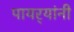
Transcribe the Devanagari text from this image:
पायर्‍यांनी